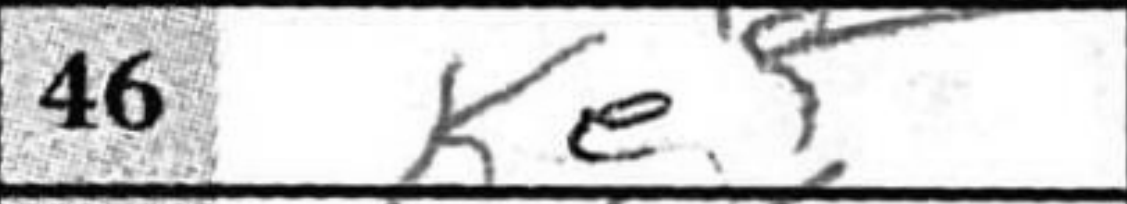
Transcription: Ke5